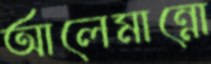
আলেমান্নো